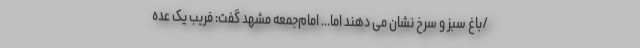
/باغ سبز و سرخ نشان می دهند اما... امام‌جمعه مشهد گفت: فریب یک عده